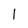
Character: 1